Indian journal of veterinary science and animal husbandry - Volume 9,
Year: 1939
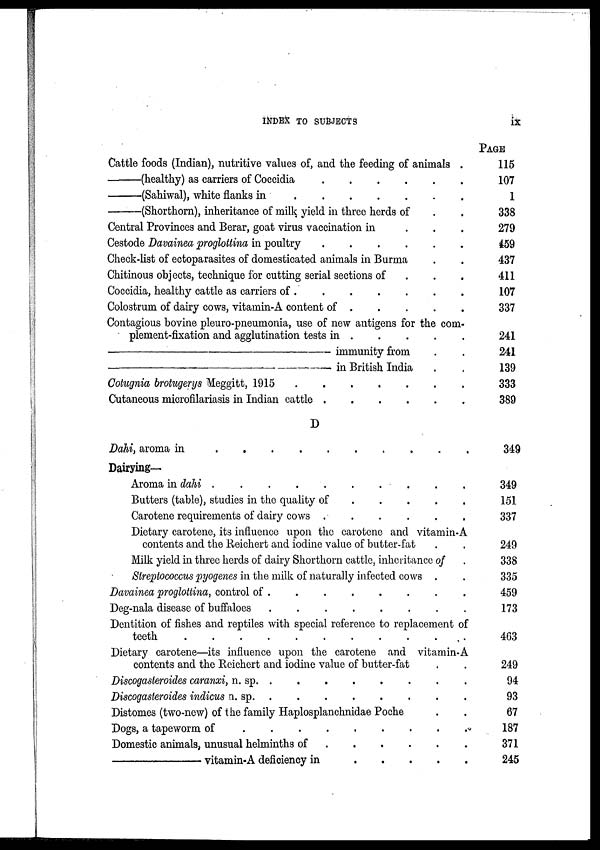
INDEX TO SUBJECTS
ix
Cattle foods (Indian), nutritive values of, and the feeding of animals .
—
(healthy) as carriers of Coccidia
.
.
.
.
.
.
—
(Sahiwal), white flanks in
.
.
.
.
.
.
— (Shorthorn), inheritance of milk yield in three herds of . .
Central Provinces and Berar, goat virus vaccination in . . .
Cestode Davainea proglottina in poultry
.
.
.
.
.
.
Check-list of ectoparasites of domesticated animals in Burma . .
Chitinous objects, technique for cutting serial sections of . . .
Coccidia, healthy cattle as carriers of . . . . . . . .
Colostrum of dairy cows, vitamin-A content of . . . . .
Contagious bovine pleuro-pneumonia, use of new antigens for the com-
plement-fixation and agglutination tests in . . . . .
—
immunity from . .
—
in British India . .
Cotugnia brotugerys Meggitt, 1915
.
.
.
.
.
.
.
Cutaneous microfilariasis in Indian cattle
.
.
.
.
.
.
D
Dahi, aroma in
.
.
.
.
.
.
.
.
.
.
.
.
Dairying—
Aroma in dahi . . . . . . . . . . . .
Butters (table), studies in the quality of
.
.
.
.
.
.
Carotene requirements of dairy cows
.
.
.
.
.
.
.
Dietary carotene, its influence upon the carotene and vitamin-A
contents and the Reichert and iodine value of butter-fat . .
Milk yield in three herds of dairy Shorthorn cattle, inheritance of .
Streptococcus pyogenes in the milk of naturally infected cows . .
Davainea proglottina, control of . . . . . . . .
Deg-nala disease of buffaloes
.
.
.
.
.
.
.
.
Dentition of fishes and reptiles with special reference to replacement of
teeth . . . . . . . . . . . .
Dietary carotene—its influence upon the carotene and vitamin-A
contents and the Reichert and iodine value of butter-fat . .
Discogasteroides caranxi, n. sp. . . . . . . . .
Discogasteroides indicus n. sp. . . . . . . . .
Distomes (two-new) of the family Haplosplanchnidae Poche . .
Dogs, a tapeworm of
.
.
.
.
.
.
.
.
Domestic animals, unusual helminths of . . . . . . .
—
vitamin-A deficiency in . . . . .
PAGE
115
107
1
338
279
459
437
411
107
337
241
241
139
333
389
349
349
151
337
249
338
335
459
173
463
249
94
93
67
187
371
245